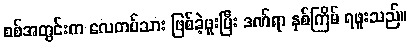
စစ်အတွင်းက လေတပ်သား ဖြစ်ခဲ့ဖူးပြီး ဒဏ်ရာ နှစ်ကြိမ် ရဖူးသည်။